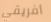
أفريقي